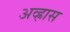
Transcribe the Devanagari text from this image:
अव्ह्रास